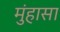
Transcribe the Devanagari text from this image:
मुंहासा